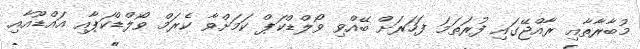
މުބާރާތާއި ރާއްޖޭގައި ފުރަތަމަ ފަހަރަށް ބޭއްވި ވޯލްޑްކަޕް ކަމަށްވާ ކެރަމް ވޯލްޑްކަޕާއި އައްޑޫއާއި